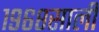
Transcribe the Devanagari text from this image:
१९६८साली